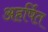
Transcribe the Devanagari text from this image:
अहर्षित